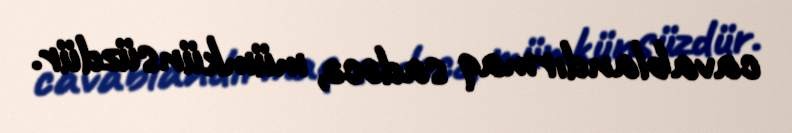
cavablandırmaq sadəcə, mümkünsüzdür.